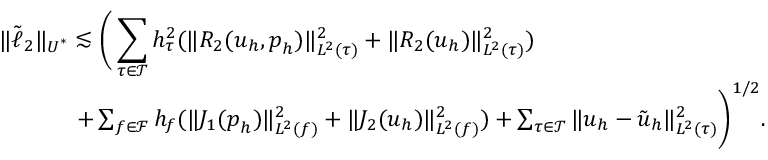
\begin{array} { r l r } { \lefteqn { \| \tilde { \ell } _ { 2 } \| _ { \boldsymbol { U } ^ { * } } \lesssim \bigg ( \sum _ { \tau \in \mathcal { T } } h _ { \tau } ^ { 2 } ( \| R _ { 2 } ( \boldsymbol { u } _ { h } , \boldsymbol { p } _ { h } ) \| _ { L ^ { 2 } ( \tau ) } ^ { 2 } + \| R _ { 2 } ( \boldsymbol { u } _ { h } ) \| _ { L ^ { 2 } ( \tau ) } ^ { 2 } ) } } \\ & { } & { \ \ \ \ + \sum _ { f \in \mathcal { F } } h _ { f } ( \| J _ { 1 } ( \boldsymbol { p } _ { h } ) \| _ { L ^ { 2 } ( f ) } ^ { 2 } + \| J _ { 2 } ( \boldsymbol { u } _ { h } ) \| _ { L ^ { 2 } ( f ) } ^ { 2 } ) + \sum _ { \tau \in \mathcal { T } } \| \boldsymbol { u } _ { h } - \tilde { \boldsymbol { u } } _ { h } \| _ { L ^ { 2 } ( \tau ) } ^ { 2 } \bigg ) ^ { 1 / 2 } . \ \ } \end{array}